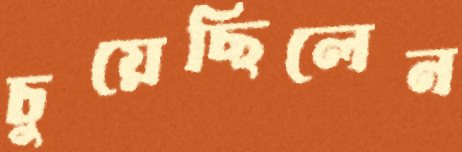
চুয়েছিলেন